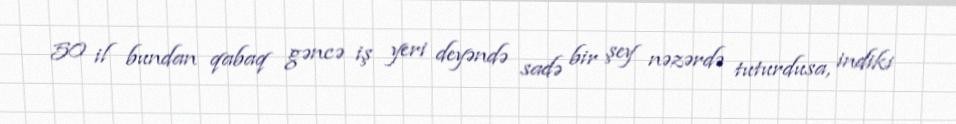
50 il bundan qabaq gəncə iş yeri deyəndə sadə bir şey nəzərdə tuturdusa, indiki